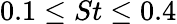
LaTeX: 0.1\leq St\leq 0.4